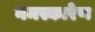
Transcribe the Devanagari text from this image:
नमस्कारेण